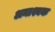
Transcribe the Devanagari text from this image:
अनाश्यक